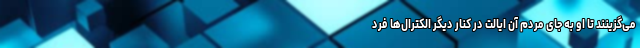
‌می‌گزینند تا او به جای مردم آن ایالت در کنار دیگر الکترال‌ها فرد